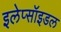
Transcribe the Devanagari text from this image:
इलेप्सॉइडल